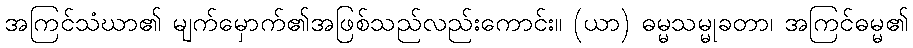
အကြင်သံဃာ၏ မျက်မှောက်၏အဖြစ်သည်လည်းကောင်း။ (ယာ) ဓမ္မသမ္မုခတာ၊ အကြင်ဓမ္မ၏